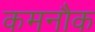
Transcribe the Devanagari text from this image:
कमनौक